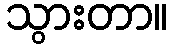
သွားတာ။